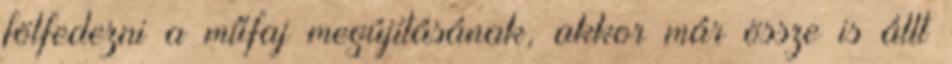
fölfedezni a műfaj megújításának, akkor már össze is állt